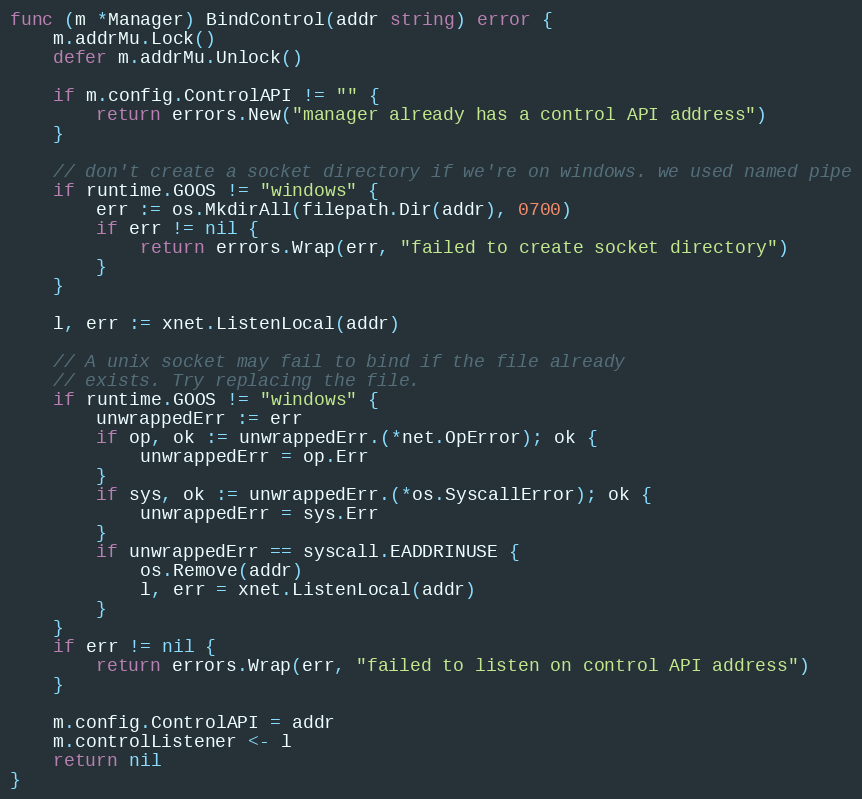
Language: Go
func (m *Manager) BindControl(addr string) error {
	m.addrMu.Lock()
	defer m.addrMu.Unlock()

	if m.config.ControlAPI != "" {
		return errors.New("manager already has a control API address")
	}

	// don't create a socket directory if we're on windows. we used named pipe
	if runtime.GOOS != "windows" {
		err := os.MkdirAll(filepath.Dir(addr), 0700)
		if err != nil {
			return errors.Wrap(err, "failed to create socket directory")
		}
	}

	l, err := xnet.ListenLocal(addr)

	// A unix socket may fail to bind if the file already
	// exists. Try replacing the file.
	if runtime.GOOS != "windows" {
		unwrappedErr := err
		if op, ok := unwrappedErr.(*net.OpError); ok {
			unwrappedErr = op.Err
		}
		if sys, ok := unwrappedErr.(*os.SyscallError); ok {
			unwrappedErr = sys.Err
		}
		if unwrappedErr == syscall.EADDRINUSE {
			os.Remove(addr)
			l, err = xnet.ListenLocal(addr)
		}
	}
	if err != nil {
		return errors.Wrap(err, "failed to listen on control API address")
	}

	m.config.ControlAPI = addr
	m.controlListener <- l
	return nil
}